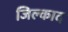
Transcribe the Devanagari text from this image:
जिल्काद